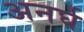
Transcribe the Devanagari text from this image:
अनर्घ